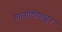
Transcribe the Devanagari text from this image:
गारगोटीपासून